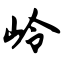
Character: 岭